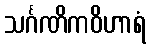
သင်္ဂဏိကဝိဟာရံ